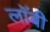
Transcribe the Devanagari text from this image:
लाॅबी